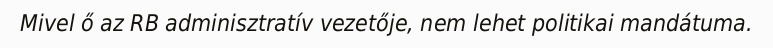
Mivel ő az RB adminisztratív vezetője, nem lehet politikai mandátuma.